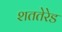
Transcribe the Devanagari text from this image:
शततेरेड